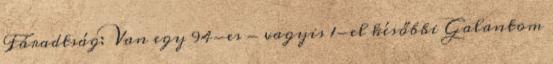
Fáradtság: Van egy 94-es - vagyis 1-el későbbi Galantom